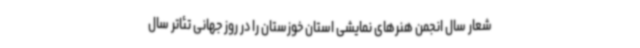
شعار سال انجمن هنرهای نمایشی استان خوزستان را در روز جهانی تئاتر سال